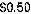
$0.50